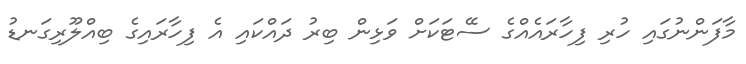
މާފަންނުގައި ހުރި ފިހާރައެއްގެ ސޭޓަކަށް ވަޅިން ބިރު ދައްކައި އެ ފިހާރައިގެ ބިއްލޫރިގަނޑު